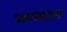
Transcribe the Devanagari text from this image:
पहाव्यास